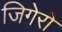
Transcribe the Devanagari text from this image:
जिगेरो